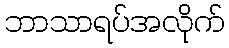
ဘာသာရပ်အလိုက်